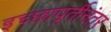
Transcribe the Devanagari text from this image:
इच्छापूर्तीनंतर